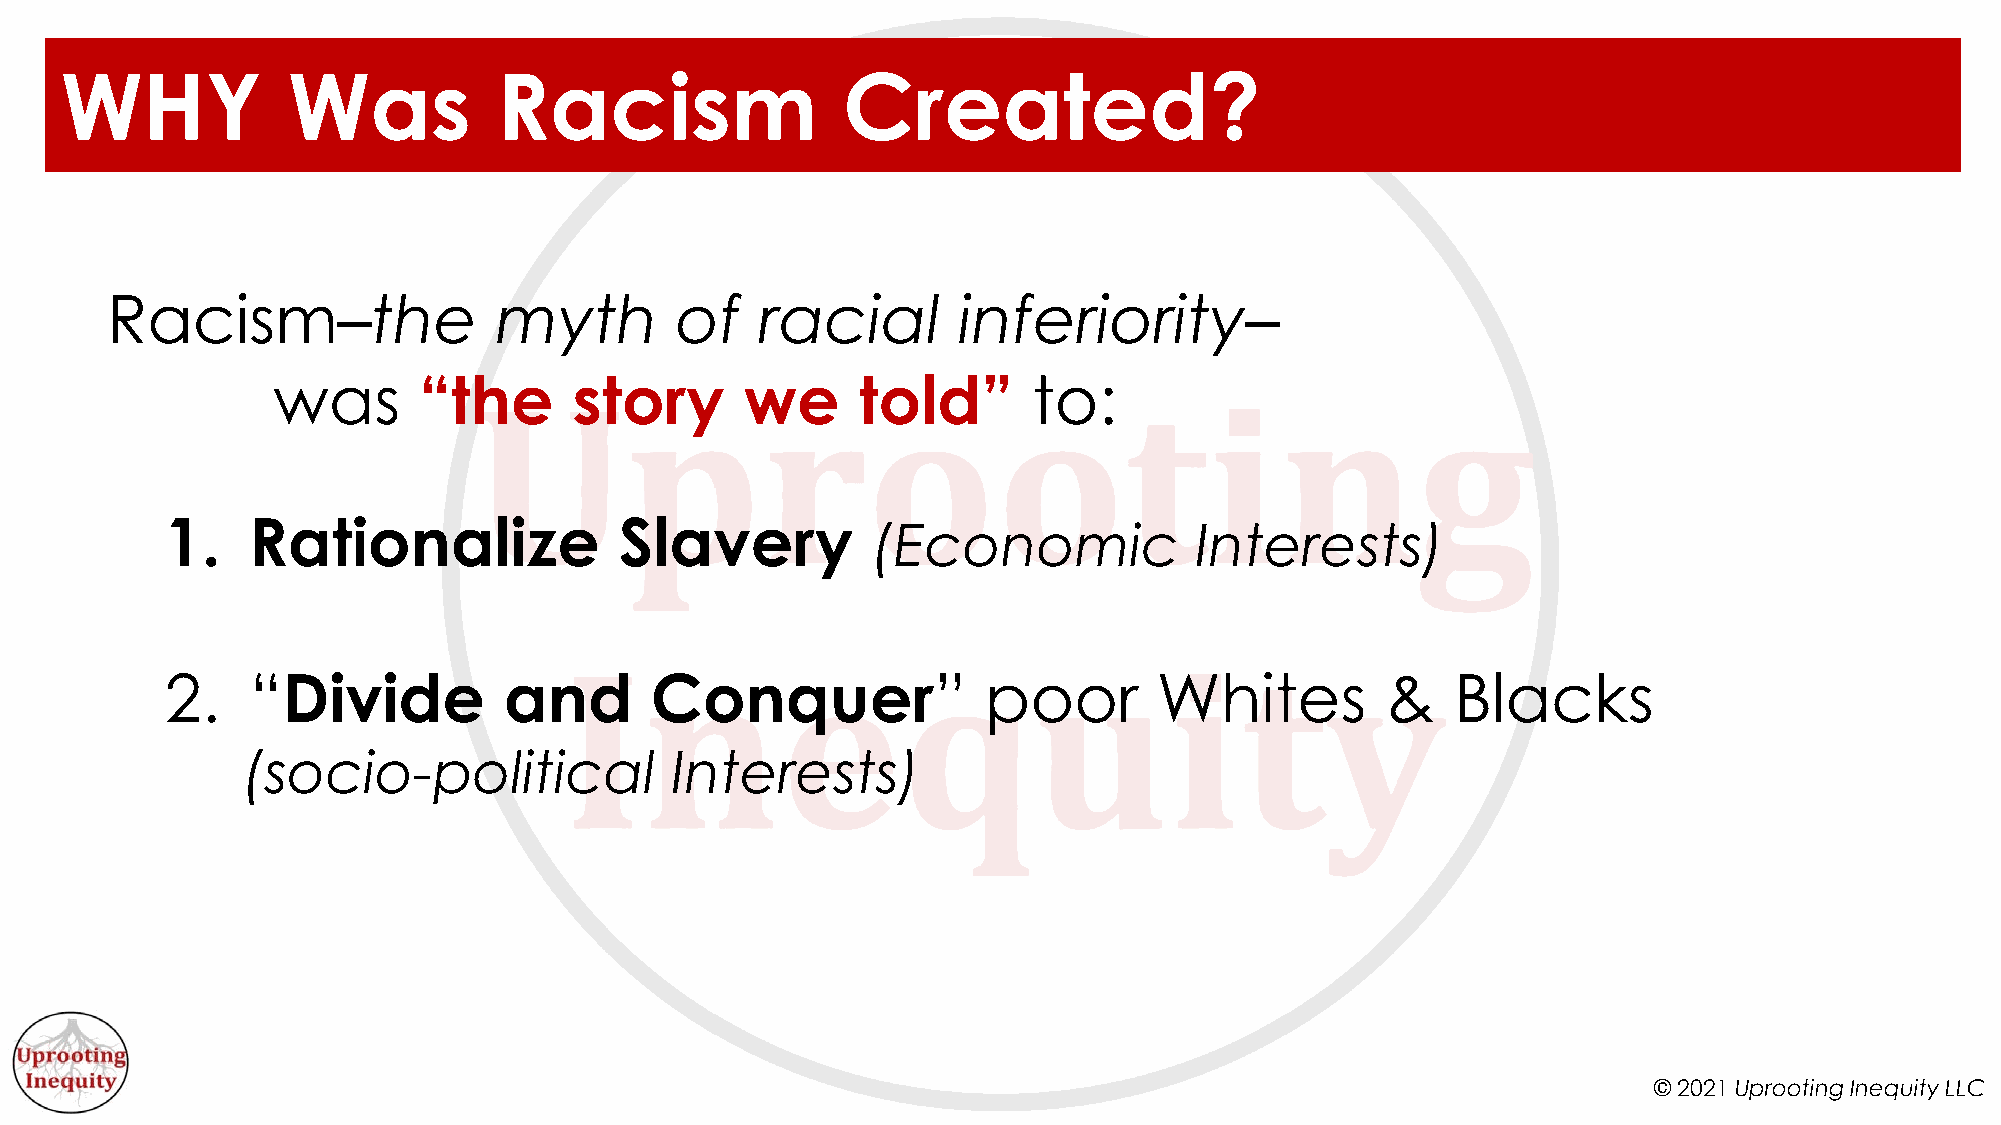
WHY            Was           Racism                 Created?
 Racism–the                myth        of   racial       inferiority–
 was       “the      story      we      told”      to:
 1.   Rationalize              Slavery
 (Economic            Interests)
 2.   “Divide          and       Conquer”              poor        Whites         &   Blacks
 (socio-political            Interests)
 © 2021 Uprooting Inequity LLC